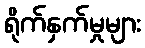
ရိုက်နှက်မှုများ